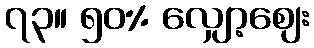
၇၃။ ၅၀% လျှော့စျေး